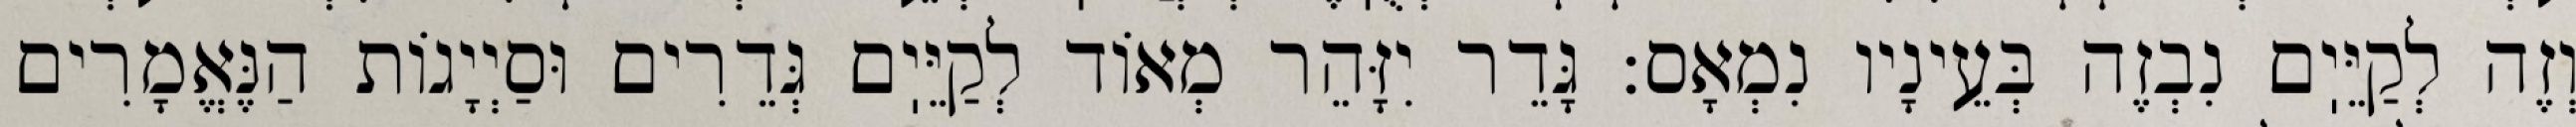
וְזֶה לְקַיֵּיֽם נִבְזֶה בְּעֵינָיו נִמְאָס: גָּדֵר יִזָּהֵר מְאוֹד לְקַיֵּיֽם גְּדֵרִים וּסַיְיָגוֹת הַנֶּאֱמָרִים